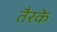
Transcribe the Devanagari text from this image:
तैरके